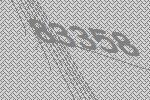
83358